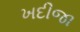
ખદીજા